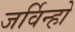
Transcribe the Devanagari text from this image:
जर्विन्हो